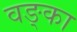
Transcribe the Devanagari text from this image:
वङ्का